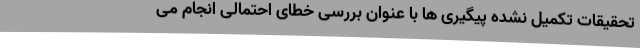
تحقیقات تکمیل نشده پیگیری ها با عنوان بررسی خطای احتمالی انجام می